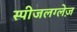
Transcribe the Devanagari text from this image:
स्पीजलग्लेज़